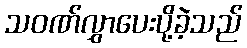
သဝဏ်လွှာပေးပို့ခဲ့သည်